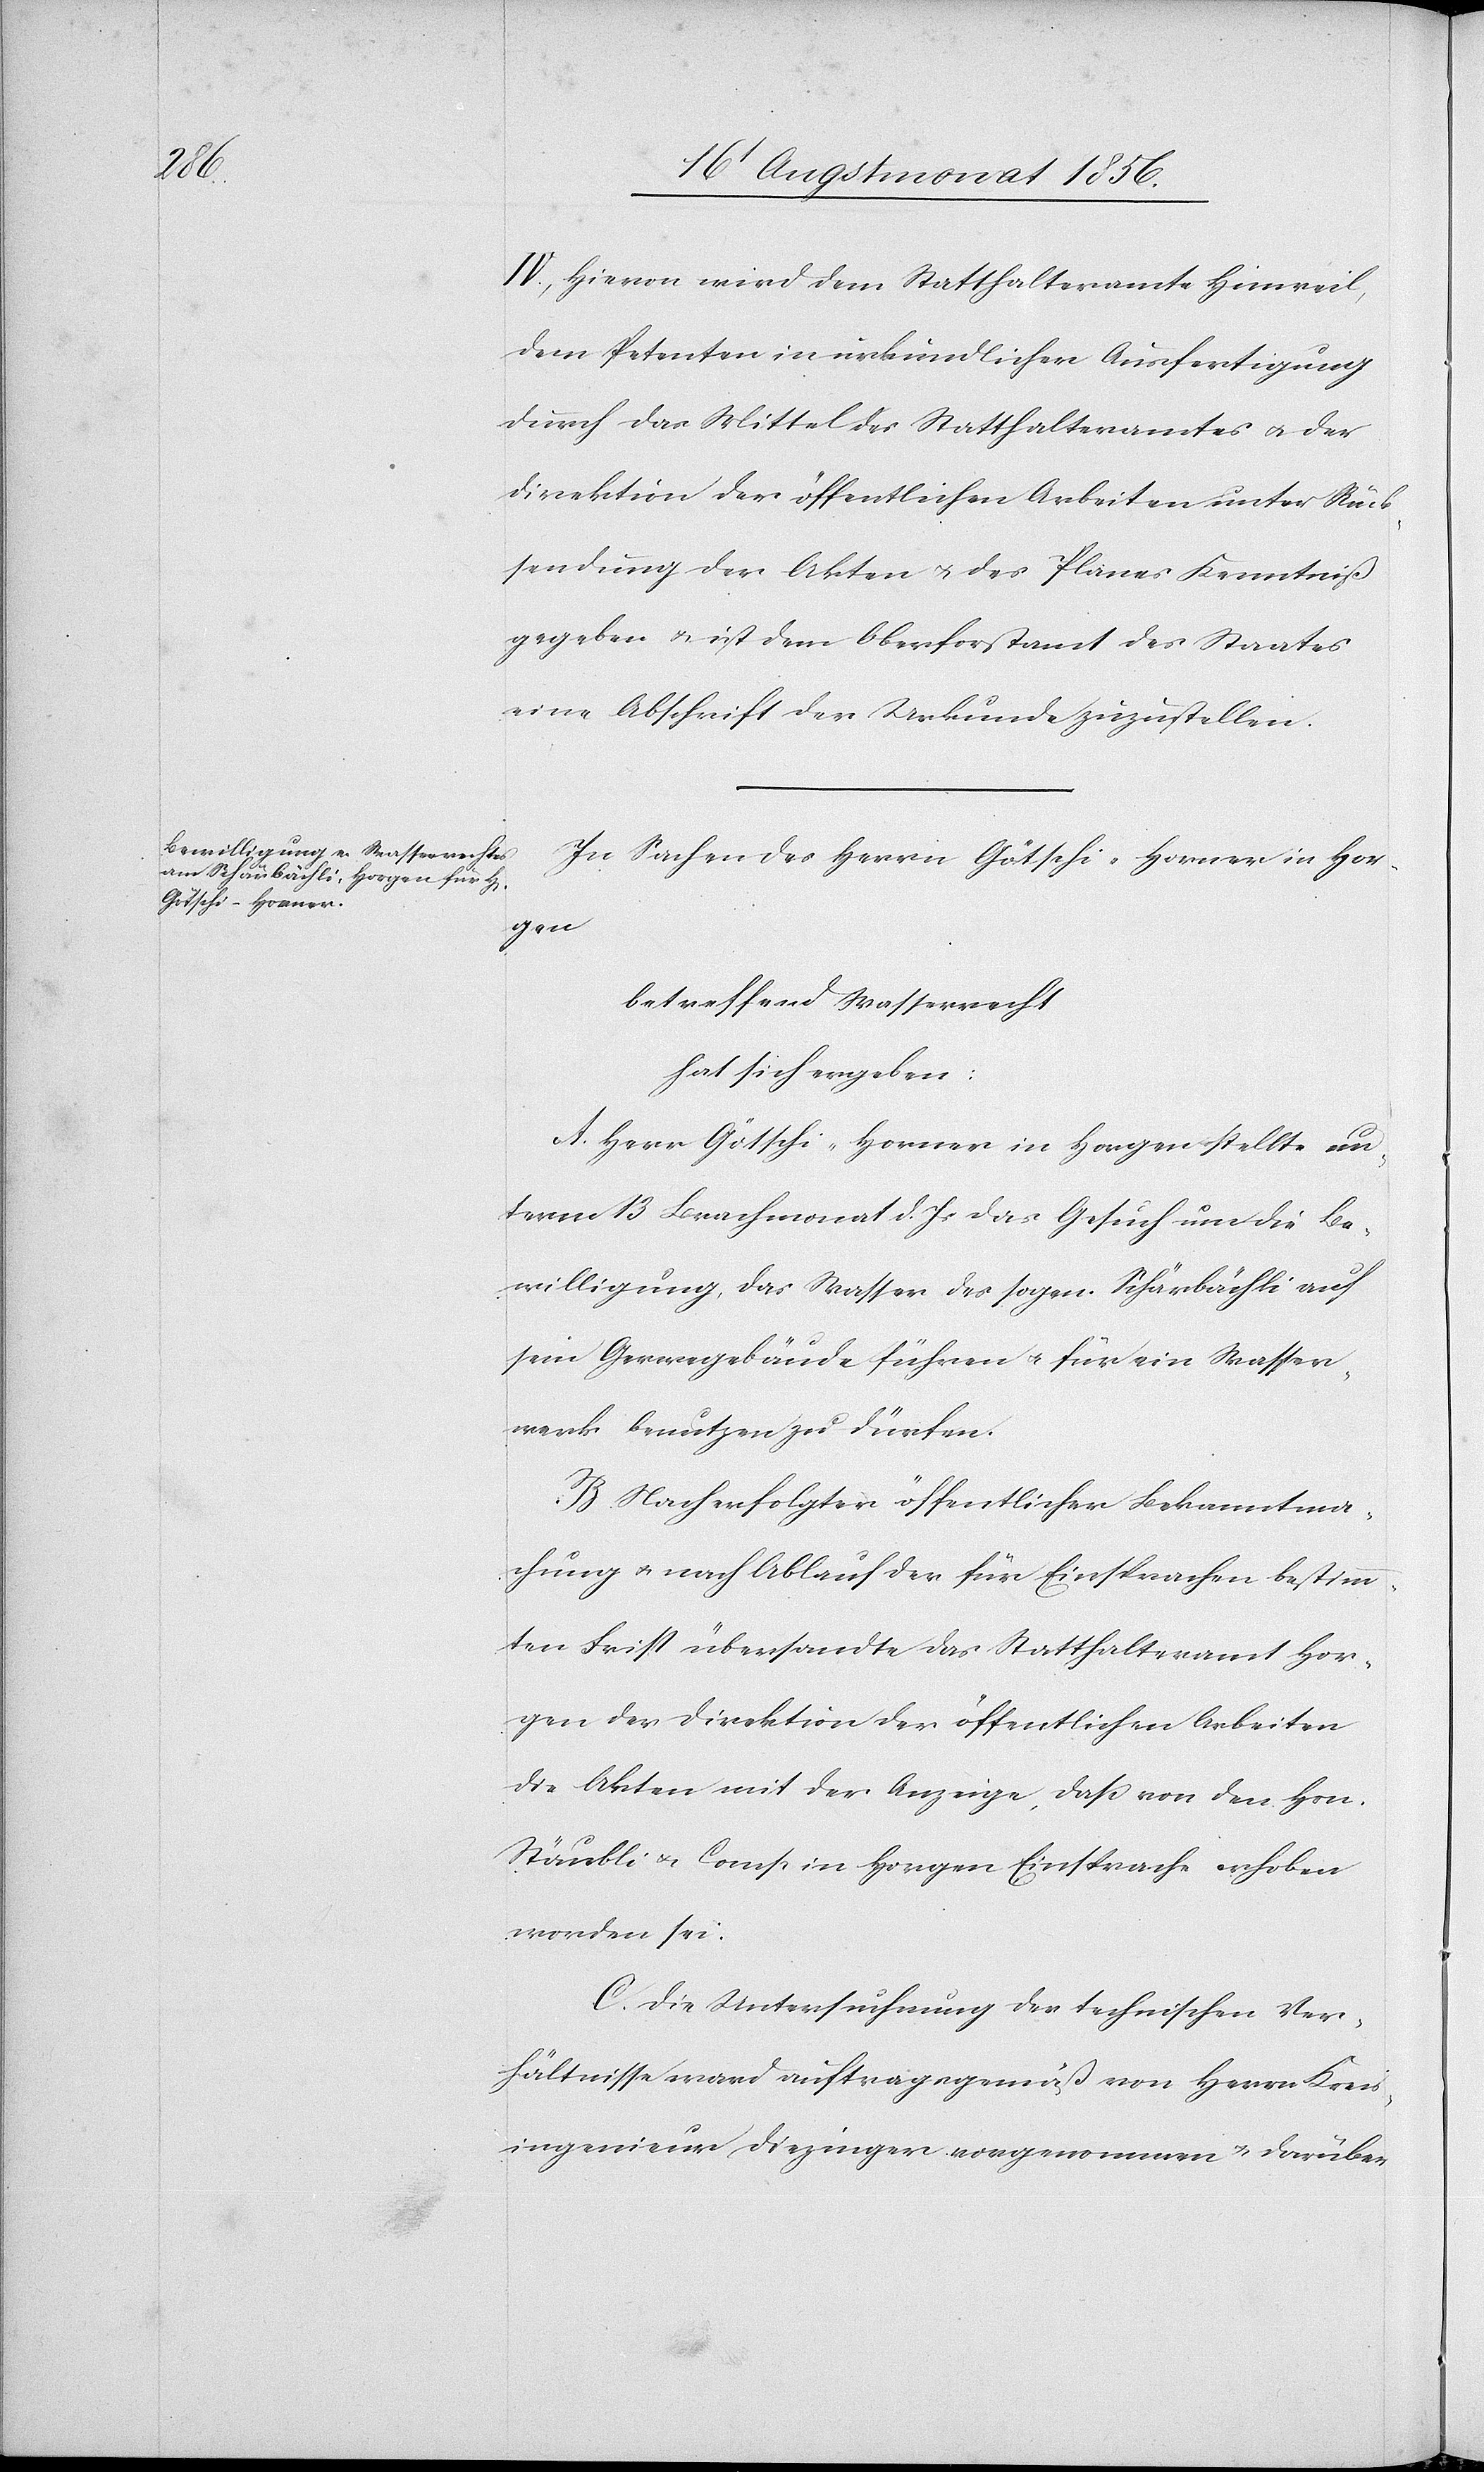
IV.) Hievon wird dem Statthalteramte Hinweil,
dem Petenten in urkundlicher Ausfertigung
durch das Mittel des Statthalteramtes u. der
Direktion der öffentlichen Arbeiten unter Rück¬
sendung der Akten u. des Planes Kenntniß
gegeben u. ist dem Oberforstamt des Staates
eine Abschrift der Urkunde zuzustellen.
In Sachen des Herrn Götschi-Horner in Hor¬
gen
betreffend Wasserrecht
hat sich ergeben:
A. Herr Götschi-Horner in Horgen stellte un¬
term 13 Brachmonat d. Js das Gesuch um die Be¬
willigung, das Wasser des sogen. Schärbächli auf
sein Gerwegebäude führen u. für ein Wasser¬
werk benutzen zu dürfen.
B. Nach erfolgter öffentlicher Bekanntma¬
chung u. nach Ablauf der für Einsprachen bestimm¬
ten Frist übersandte das Statthalteramt Hor¬
gen der Direktion der öffentlichen Arbeiten
die Akten mit der Anzeige, dass von den Hrn.
Stäubli u. Comp in Horgen Einsprache erhoben
worden sei.
C. Die Untersuchung der technischen Ver¬
hältnisse ward auftragsgemäß von Herrn Kreis¬
ingenieur Diezinger vorgenommen u. darüber